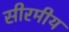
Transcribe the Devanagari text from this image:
सीरमीय